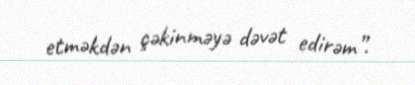
etməkdən çəkinməyə dəvət edirəm”.